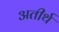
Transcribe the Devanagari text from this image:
अतीर्थ